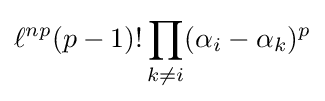
\ell ^{np}(p-1)!\prod _{k\neq i}(\alpha _{i}-\alpha _{k})^{p}